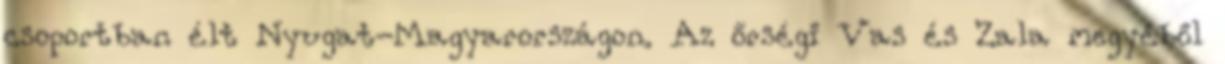
csoportban élt Nyugat-Magyarországon. Az őrségi Vas és Zala megyéből